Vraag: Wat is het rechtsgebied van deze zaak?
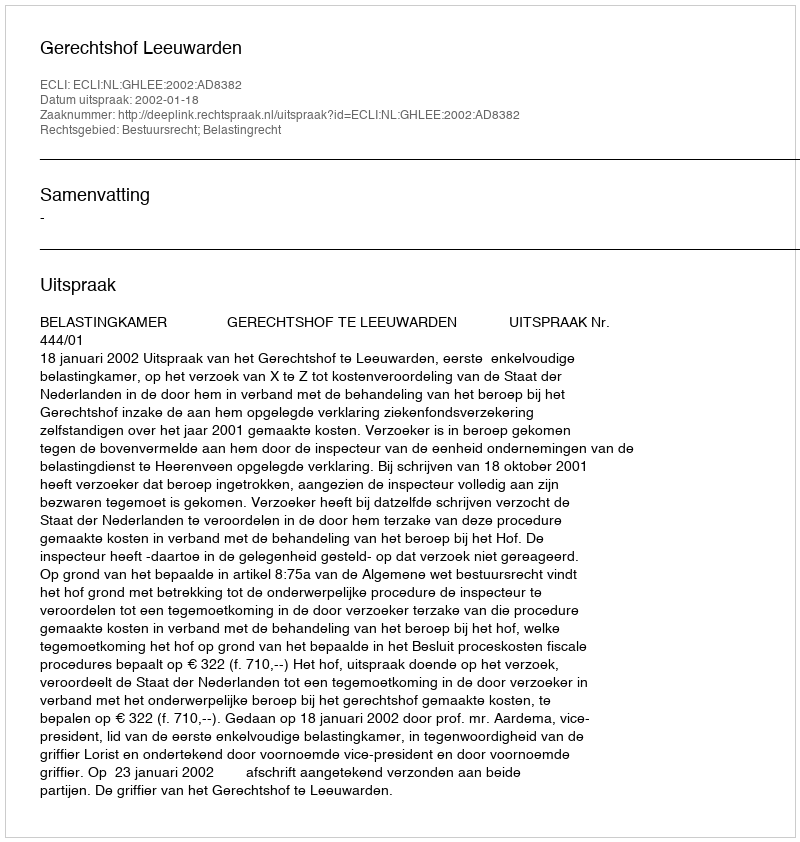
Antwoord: Bestuursrecht; Belastingrecht